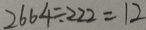
2 6 6 4 \div 2 2 2 = 1 2